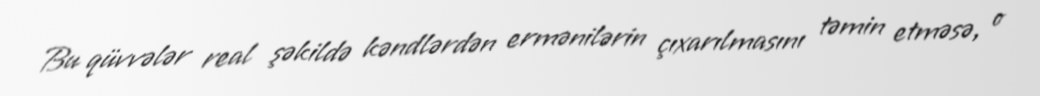
Bu qüvvələr real şəkildə kəndlərdən ermənilərin çıxarılmasını təmin etməsə, o